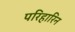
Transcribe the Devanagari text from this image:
परिहारिन